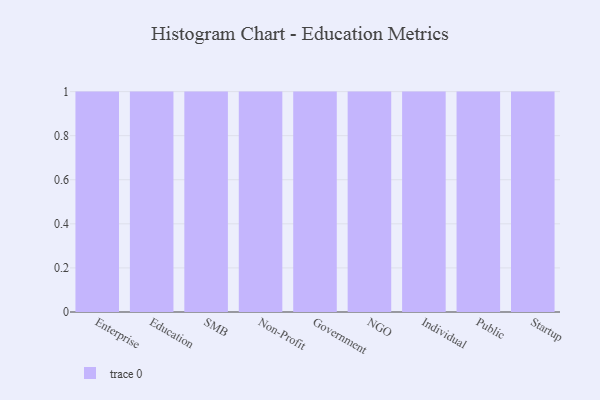
{"axis": {"x": "Segment", "y": "Gross Profit (USD K)"}, "legend": [""], "data": [{"x": "Enterprise", "y": 46, "type": ""}, {"x": "Education", "y": 41, "type": ""}, {"x": "SMB", "y": 30, "type": ""}, {"x": "Non-Profit", "y": 38, "type": ""}, {"x": "Government", "y": 44, "type": ""}, {"x": "NGO", "y": 96, "type": ""}, {"x": "Individual", "y": 97, "type": ""}, {"x": "Public", "y": 81, "type": ""}, {"x": "Startup", "y": 81, "type": ""}]}